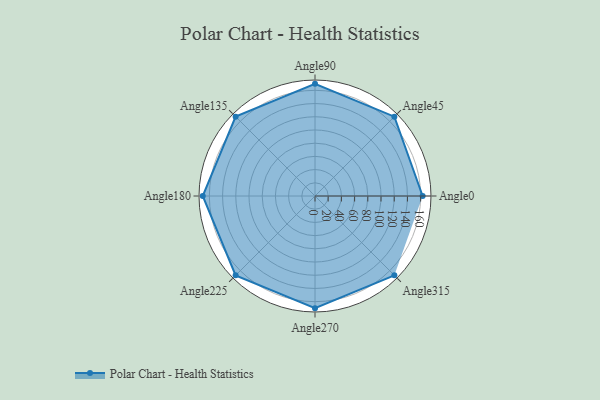
{"axis": {"x": "Angle", "y": "Radius"}, "legend": [""], "data": [{"x": "Angle0", "y": 163.0, "type": ""}, {"x": "Angle45", "y": 170, "type": ""}, {"x": "Angle90", "y": 170, "type": ""}, {"x": "Angle135", "y": 170, "type": ""}, {"x": "Angle180", "y": 170, "type": ""}, {"x": "Angle225", "y": 170, "type": ""}, {"x": "Angle270", "y": 170, "type": ""}, {"x": "Angle315", "y": 170, "type": ""}]}